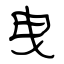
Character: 曳